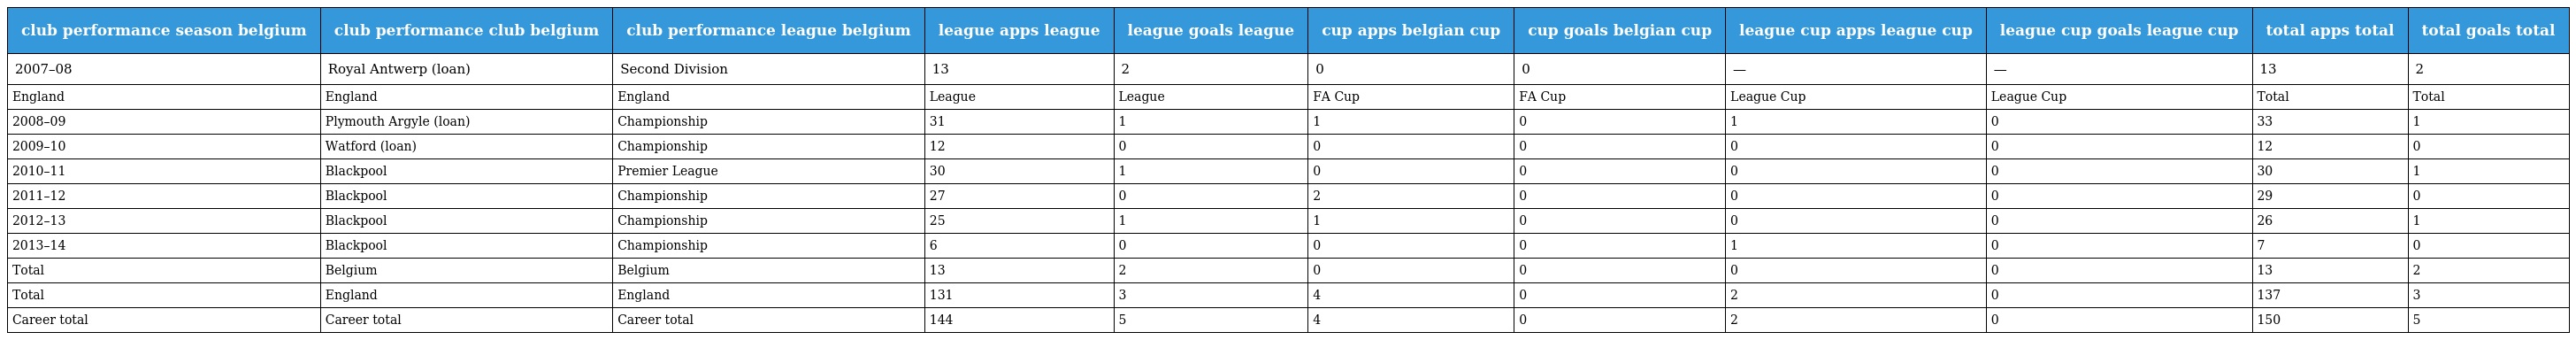
| club performance season belgium | club performance club belgium | club performance league belgium | league apps league | league goals league | cup apps belgian cup | cup goals belgian cup | league cup apps league cup | league cup goals league cup | total apps total | total goals total |
 | --- | --- | --- | --- | --- | --- | --- | --- | --- | --- | --- |
 | 2007–08 | Royal Antwerp (loan) | Second Division | 13 | 2 | 0 | 0 | — | — | 13 | 2 |
 | England | England | England | League | League | FA Cup | FA Cup | League Cup | League Cup | Total | Total |
 | 2008–09 | Plymouth Argyle (loan) | Championship | 31 | 1 | 1 | 0 | 1 | 0 | 33 | 1 |
 | 2009–10 | Watford (loan) | Championship | 12 | 0 | 0 | 0 | 0 | 0 | 12 | 0 |
 | 2010–11 | Blackpool | Premier League | 30 | 1 | 0 | 0 | 0 | 0 | 30 | 1 |
 | 2011–12 | Blackpool | Championship | 27 | 0 | 2 | 0 | 0 | 0 | 29 | 0 |
 | 2012–13 | Blackpool | Championship | 25 | 1 | 1 | 0 | 0 | 0 | 26 | 1 |
 | 2013–14 | Blackpool | Championship | 6 | 0 | 0 | 0 | 1 | 0 | 7 | 0 |
 | Total | Belgium | Belgium | 13 | 2 | 0 | 0 | 0 | 0 | 13 | 2 |
 | Total | England | England | 131 | 3 | 4 | 0 | 2 | 0 | 137 | 3 |
 | Career total | Career total | Career total | 144 | 5 | 4 | 0 | 2 | 0 | 150 | 5 |